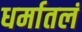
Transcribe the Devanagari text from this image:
धर्मातलं